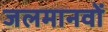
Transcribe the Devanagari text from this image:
जलमानवों